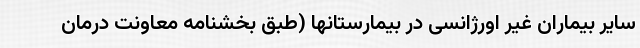
سایر بیماران غیر اورژانسی در بیمارستانها (طبق بخشنامه معاونت درمان